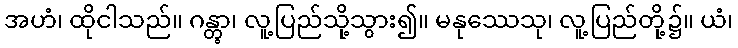
အဟံ၊ ထိုငါသည်။ ဂန္တွာ၊ လူ့ပြည်သို့သွား၍။ မနုဿေသု၊ လူ့ပြည်တို့၌။ ယံ၊